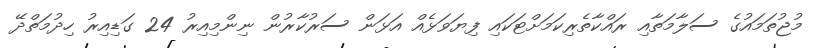
މުޖުތަމައުގެ ސަލާމަތާއި ރައްކާތެރިކަމަށްޓަކައި ފިޔަވަޅެއް އަޅަން ސަރުކާރުން ނިންމިއިރު 24 ގަޑިއިރު ހިދުމަތްދޭ